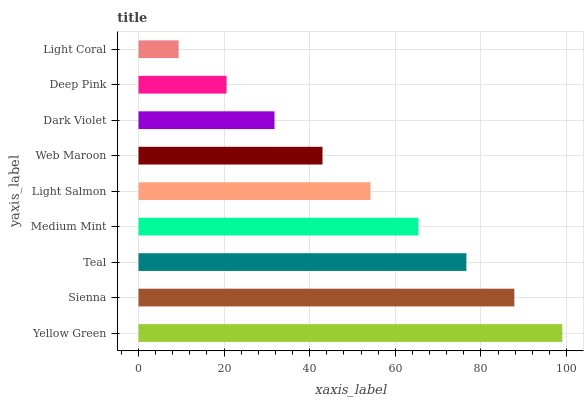
| yaxis_label | bars |
 | --- | --- |
 | Yellow Green | 99 |
 | Sienna | 87.8 |
 | Teal | 76.6 |
 | Medium Mint | 65.4 |
 | Light Salmon | 54.2 |
 | Web Maroon | 43 |
 | Dark Violet | 31.8 |
 | Deep Pink | 20.6 |
 | Light Coral | 9.37 |